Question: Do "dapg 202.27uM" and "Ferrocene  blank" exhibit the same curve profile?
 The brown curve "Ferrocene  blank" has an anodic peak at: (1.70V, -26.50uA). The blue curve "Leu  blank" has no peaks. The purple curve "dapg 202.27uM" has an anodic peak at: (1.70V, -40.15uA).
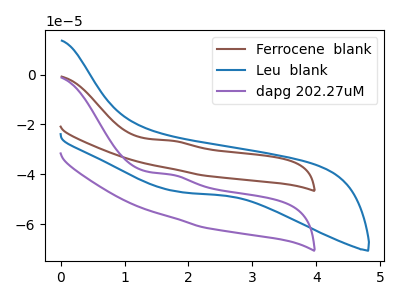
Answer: <think>All the peaks in "dapg 202.27uM" have a peak in "Ferrocene  blank" at the same potential. Every peak in "dapg 202.27uM" is lower than every peak in "Ferrocene  blank".
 </think>
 <answer>"dapg 202.27uM" and "Ferrocene  blank" are similar in shape.</answer>
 <eval>same_shape</eval>